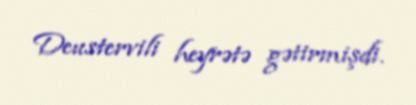
Deustervili heyrətə gətirmişdi.